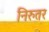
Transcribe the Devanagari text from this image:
निरुतर